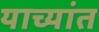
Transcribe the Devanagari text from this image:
याच्यांत